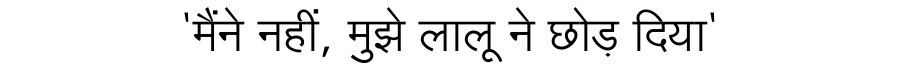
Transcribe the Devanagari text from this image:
'मैंने नहीं, मुझे लालू ने छोड़ दिया'